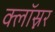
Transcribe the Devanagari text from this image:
क्लॉस्नर